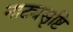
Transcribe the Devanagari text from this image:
नाट्यसृष्टि